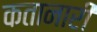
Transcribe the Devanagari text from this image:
कतानारी